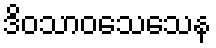
ဒိဝသာဝသေသေန